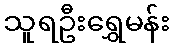
သူရဦးရွှေမန်း